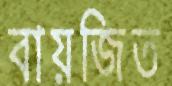
বায়জিত